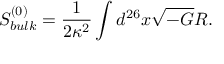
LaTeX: S _ { b u l k } ^ { ( 0 ) } = { \frac { 1 } { 2 \kappa ^ { 2 } } } \int d ^ { 2 6 } x \sqrt { - G } R .